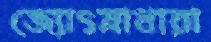
জ্যোৎস্নাধারা